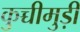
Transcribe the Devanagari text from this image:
कुच्चीमुड़ी